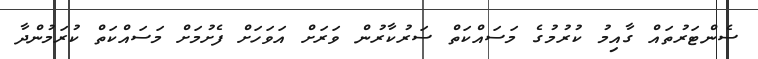
ސެންޓަރުތައް ގާއިމު ކުރުމުގެ މަސައްކަތް ސަރުކާރުން ވަރަށް އަވަހަށް ފެށުމަށް މަސައްކަތް ކުރަމުންދާ